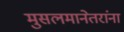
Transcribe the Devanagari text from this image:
मुसलमानेतरांना